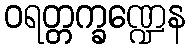
ဝရတ္တက္ခဏ္ဍေန